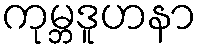
ကုမ္ဘဒူဟနာ